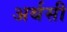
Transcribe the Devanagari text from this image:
अर्थसी